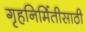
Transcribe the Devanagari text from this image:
गृहनिर्मितीसाठी